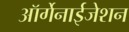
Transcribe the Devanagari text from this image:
ऑर्गेनाईजेशन